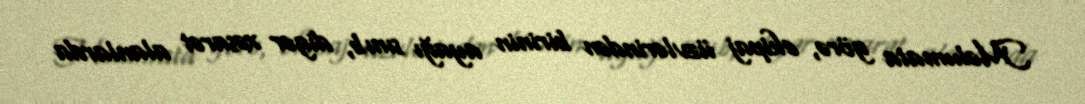
Məlumata görə, ekipaj üzvlərindən birinin ayağı sınıb, digər xəsarət alanlarda